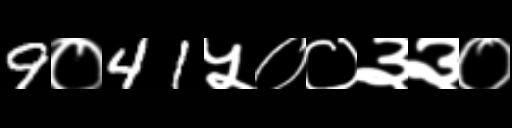
Text: 9०41५००३३०